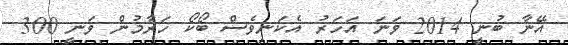
އޭނާ ބުނީ 2014 ވަނަ އަހަރު އެކަނިވެސް ބޯކޯ ހަރާމުން ވަނީ 300